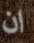
ان